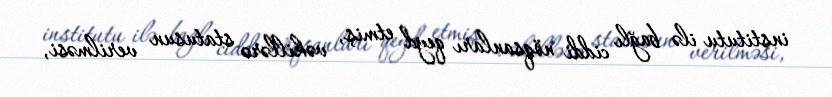
institutu ilə bağlı ciddi nöqsanları qeyd etmiş, vəkillərə statusun verilməsi,